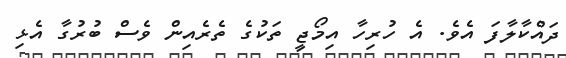
ދައްކާލާފަ އެވެ. އެ ހުރިހާ އިމޯޖީ ތަކުގެ ތެރެއިން ވެސް ބުރުގާ އެޅި